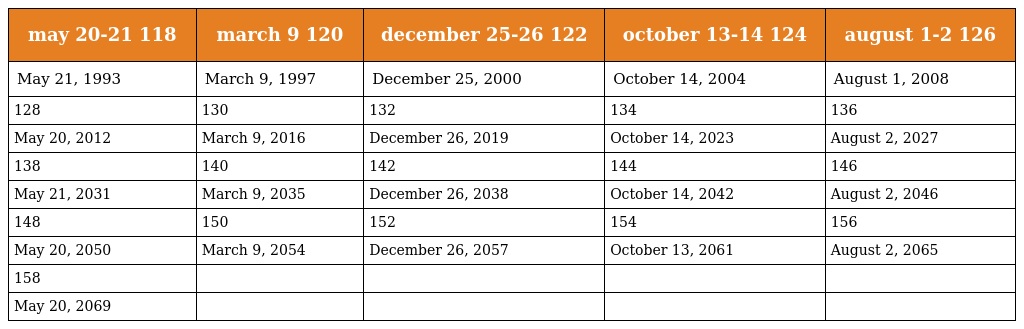
| may 20-21 118 | march 9 120 | december 25-26 122 | october 13-14 124 | august 1-2 126 |
 | --- | --- | --- | --- | --- |
 | May 21, 1993 | March 9, 1997 | December 25, 2000 | October 14, 2004 | August 1, 2008 |
 | 128 | 130 | 132 | 134 | 136 |
 | May 20, 2012 | March 9, 2016 | December 26, 2019 | October 14, 2023 | August 2, 2027 |
 | 138 | 140 | 142 | 144 | 146 |
 | May 21, 2031 | March 9, 2035 | December 26, 2038 | October 14, 2042 | August 2, 2046 |
 | 148 | 150 | 152 | 154 | 156 |
 | May 20, 2050 | March 9, 2054 | December 26, 2057 | October 13, 2061 | August 2, 2065 |
 | 158 |  |  |  |  |
 | May 20, 2069 |  |  |  |  |